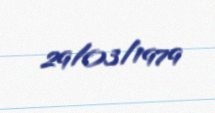
29/03/1979